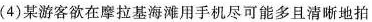
(4)某游客欲在摩拉基海滩用手机尽可能多且清晰地拍